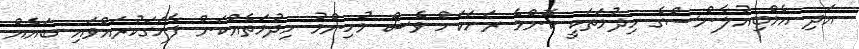
އަދި އެމްބިއުލާންސްގެ ހިދުމަތަކީ ކޮންމެ ރަށަކަށް ވެސް މުހިންމު ހިދުމަތެއްކަން ފާހަގަކުރައްވައި ބައެއް